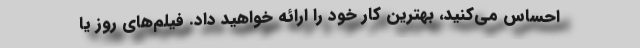
احساس می‌کنید، بهترین کار خود را ارائه خواهید داد. فیلم‌های روز یا